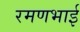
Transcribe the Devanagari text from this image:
रमणभाई